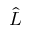
\hat { L }